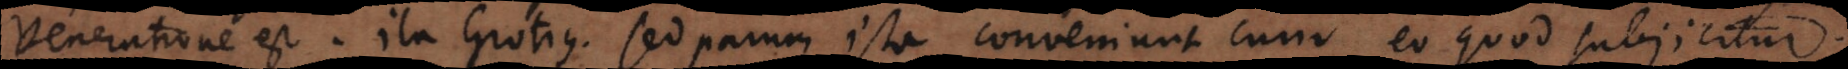
veneratione est. Ita Grotius. Sed parum ista conveniunt cum eo quod subjicitur;